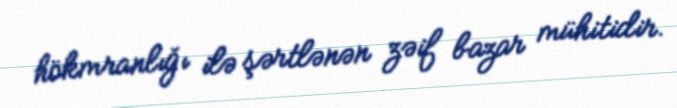
hökmranlığı ilə şərtlənən zəif bazar mühitidir.